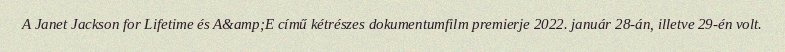
A Janet Jackson for Lifetime és A&amp;E című kétrészes dokumentumfilm premierje 2022. január 28-án, illetve 29-én volt.